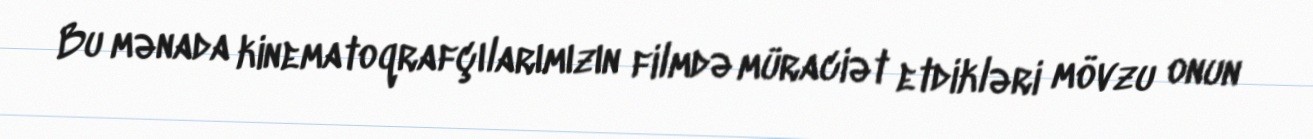
Bu mənada kinematoqrafçılarımızın filmdə müraciət etdikləri mövzu onun